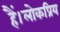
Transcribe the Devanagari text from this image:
हैं।लोकप्रिय